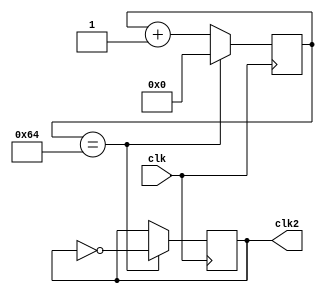
module prescaler(
	input clk,
	output reg clk2
	);

	reg [26:0] re;
	initial re <= 0;

	always@( posedge clk )
	begin
		
	    if( re == 100 ) 
	    begin
	        re <= 0;
	        clk2 <= ~ clk2;
	    end
	    else re <= re + 27'd1;
	end 
endmodule